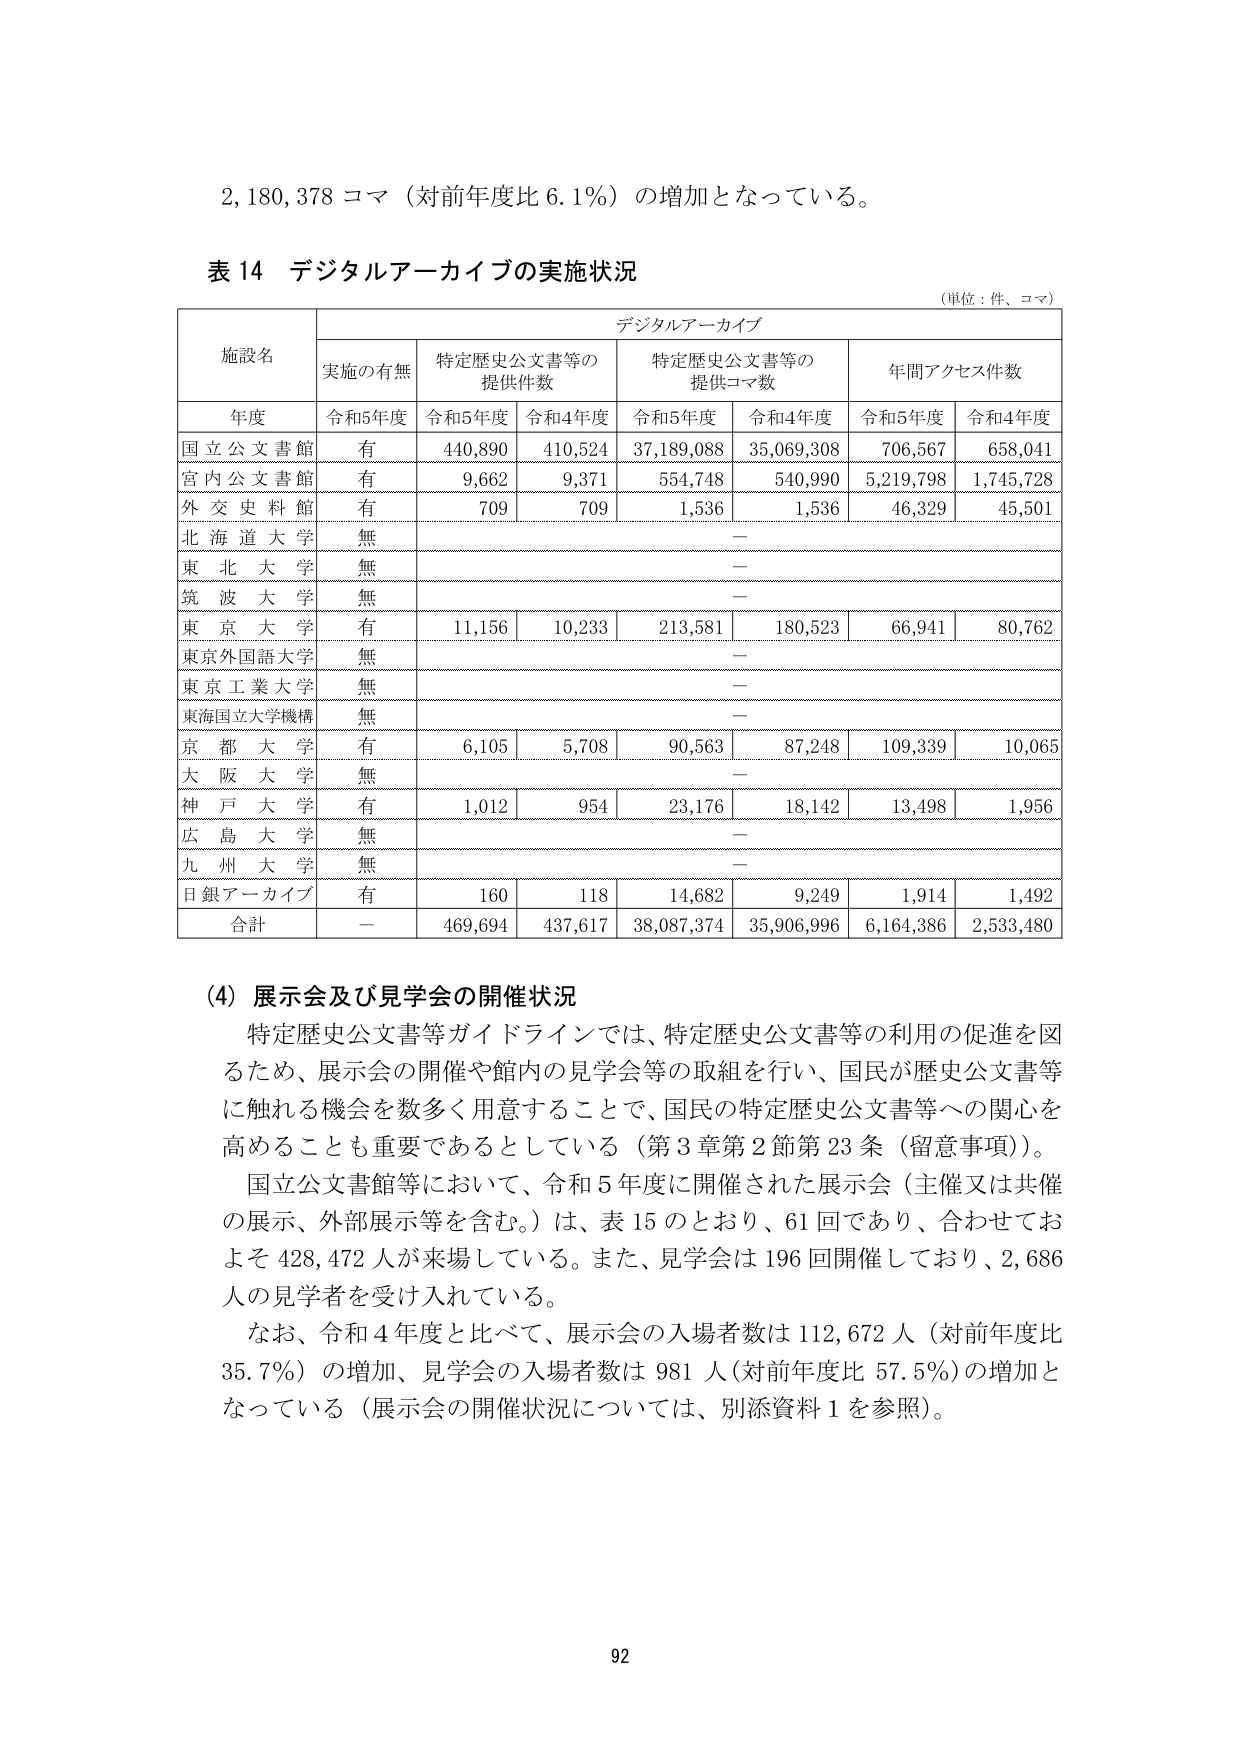
2,180,378 コマ（対前年度比 6.1%）の増加となっている。

表 14 デジタルアーカイブの実施状況
（単位：件、コマ）

施設名
デジタルアーカイブ
実施の有無
特定歴史公文書等の
提供件数
特定歴史公文書等の
提供コマ数
年間アクセス件数

年度
令和5年度
令和5年度
令和4年度
令和5年度
令和4年度
令和5年度
令和4年度

国立公文書館
有
440,890
410,524
37,189,088
35,069,308
706,567
658,041

宮内公文書館
有
9,662
9,371
554,748
540,990
5,219,798
1,745,728

外交史料館
有
709
709
1,536
1,536
46,329
45,501

北海道大学
無
－

東北大学
無
－

筑波大学
無
－

東京大学
有
11,156
10,233
213,581
180,523
66,941
80,762

東京外国語大学
無
－

東京工業大学
無
－

東海国立大学機構
無
－

京都大学
有
6,105
5,708
90,563
87,248
109,339
10,065

大阪大学
無
－

神戸大学
有
1,012
954
23,176
18,142
13,498
1,956

広島大学
無
－

九州大学
無
－

日銀アーカイブ
有
160
118
14,682
9,249
1,914
1,492

合計
－
469,694
437,617
38,087,374
35,906,996
6,164,386
2,533,480

（4）展示会及び見学会の開催状況
特定歴史公文書等ガイドラインでは、特定歴史公文書等の利用の促進を図るため、展示会の開催や館内の見学会等の取組を行い、国民が歴史公文書等に触れる機会を数多く用意することで、国民の特定歴史公文書等への関心を高めることも重要であるとしている（第3章第2節第23条（留意事項））。
国立公文書館等において、令和5年度に開催された展示会（主催又は共催の展示、外部展示等を含む。）は、表15のとおり、61回であり、合わせておよそ428,472人が来場している。また、見学会は196回開催しており、2,686人の見学者を受け入れている。
なお、令和4年度と比べて、展示会の入場者数は112,672人（対前年度比35.7%）の増加、見学会の入場者数は981人（対前年度比57.5%）の増加となっている（展示会の開催状況については、別添資料1を参照）。

92